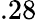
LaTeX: .28